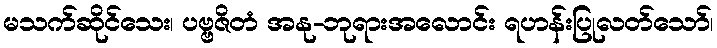
မသက်ဆိုင်သေး၊ ပဗ္ဗဇိတံ အနု-ဘုရားအလောင်း ရဟန်းပြုလတ်သော်၊